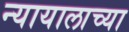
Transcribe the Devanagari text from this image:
न्यायालाच्या